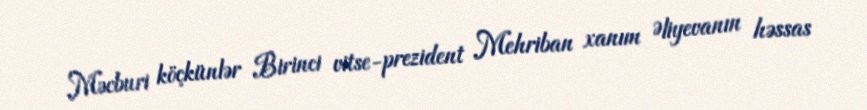
Məcburi köçkünlər Birinci vitse-prezident Mehriban xanım Əliyevanın həssas